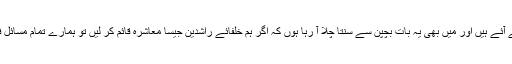
جیسا کہ آپ بھی سنتے آئے ہیں اور میں بھی یہ بات بچپن سے سنتا چلا آ رہا ہوں کہ اگر ہم خلفائے راشدین جیسا معاشرہ قائم کر لیں تو ہمارے تمام مسائل فوراً ختم ہو جائیں گے۔